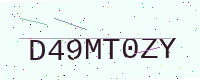
Text: D49MT0ZY